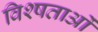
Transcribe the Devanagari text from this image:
विश्षताओं